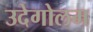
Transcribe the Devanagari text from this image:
उदेगोलम